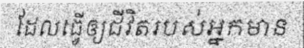
ដែលធ្វើឲ្យជីវិតរបស់អ្នកមាន